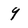
Character: 9